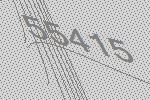
55415